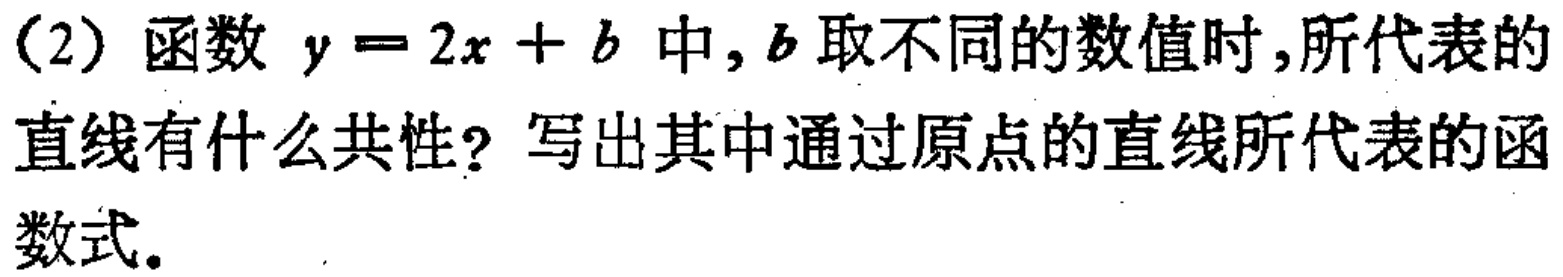
（2）函数 \(y = 2x + b\) 中, \(b\) 取不同的数值时,所代表的直线有什么共性? 写出其中通过原点的直线所代表的函数式。